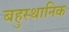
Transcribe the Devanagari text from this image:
बहुस्थानिक